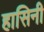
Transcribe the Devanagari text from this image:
हासिनी